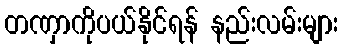
တဏှာကိုပယ်နိုင်ရန် နည်းလမ်းများ